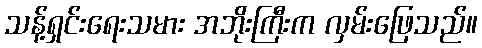
သန့်ရှင်းရေးသမား အဘိုးကြီးက လှမ်းဖြေသည်။